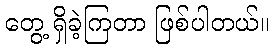
တွေ့ ရှိခဲ့ကြတာ ဖြစ်ပါတယ်။